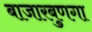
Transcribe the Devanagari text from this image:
बाजारबुणगा